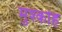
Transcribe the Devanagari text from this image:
मुश्कोह